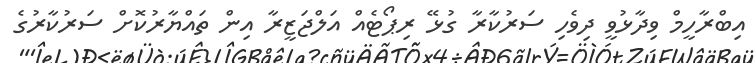
އިބްރާހީމް ވިދާޅުވީ ދިވެހި ސަރުކާރާ ގުޅޭ ރިޕޯޓެއް އަލްޖަޒީރާ އިން ތައްޔާރުކޮށް ސަރުކާރުގެ